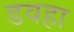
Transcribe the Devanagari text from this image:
डवहा